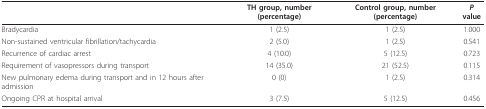
<table><thead><tr><td></td><td><b>TH group, number (percentage)</b></td><td><b>Control group, number (percentage)</b></td><td><b><i>P </i>value</b></td></tr></thead><tbody><tr><td>Bradycardia</td><td>1 (2.5)</td><td>1 (2.5)</td><td>1.000</td></tr><tr><td>Non-sustained ventricular fibrillation/tachycardia</td><td>2 (5.0)</td><td>1 (2.5)</td><td>0.541</td></tr><tr><td>Recurrence of cardiac arrest</td><td>4 (10.0)</td><td>5 (12.5)</td><td>0.723</td></tr><tr><td>Requirement of vasopressors during transport</td><td>14 (35.0)</td><td>21 (52.5)</td><td>0.115</td></tr><tr><td>New pulmonary edema during transport and in 12 hours after admission</td><td>0 (0)</td><td>1 (2.5)</td><td>0.314</td></tr><tr><td>Ongoing CPR at hospital arrival</td><td>3 (7.5)</td><td>5 (12.5)</td><td>0.456</td></tr></tbody></table>